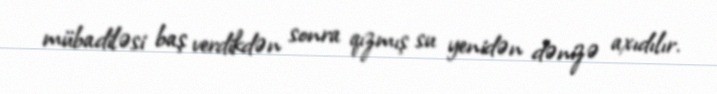
mübadiləsi baş verdikdən sonra qızmış su yenidən dənizə axıdılır.